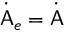
\dot { \mathsf { A } } _ { e } = \dot { \mathsf { A } }